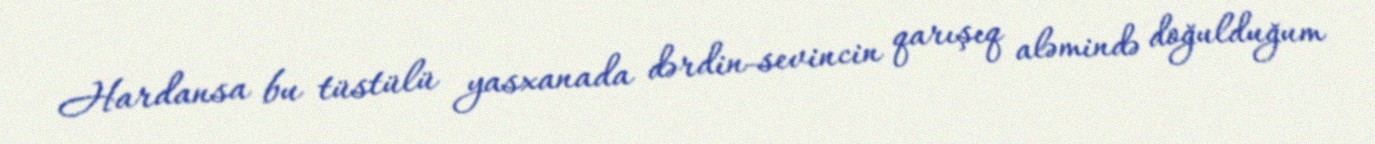
Hardansa bu tüstülü yasxanada dərdin-sevincin qarışıq aləmində doğulduğum